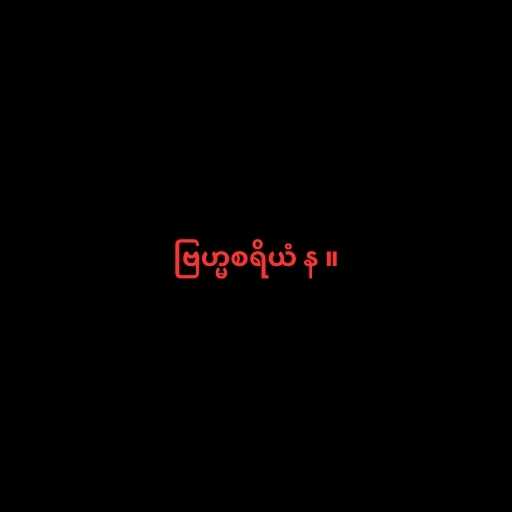
ဗြဟ္မစရိယံ န ။